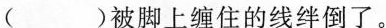
（）被脚上缠住的线绊倒了。